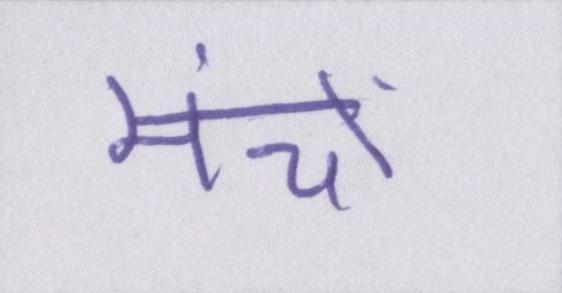
मंचों